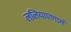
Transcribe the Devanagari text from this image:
ललियाएणामं